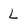
Character: L